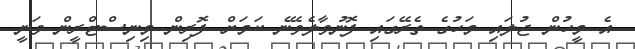
އެ މީހުން ޖުލައި މަހުގެ ތެރޭގައި ފޮނުވާލެވޭނެ ކަމަށް ފޮރިން މިނިސްޓްރީން ވަނީ